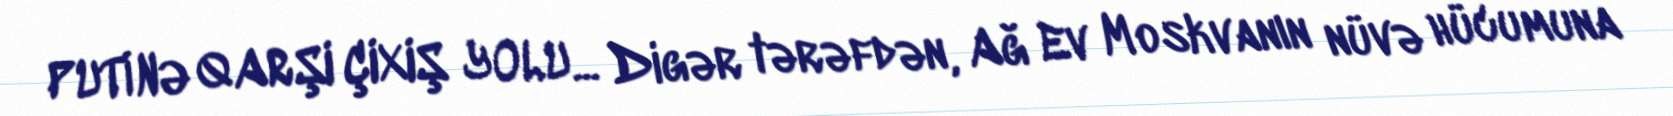
PUTİNƏ QARŞI ÇIXIŞ YOLU... Digər tərəfdən, Ağ Ev Moskvanın nüvə hücumuna